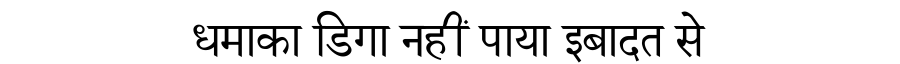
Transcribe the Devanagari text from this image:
धमाका डिगा नहीं पाया इबादत से